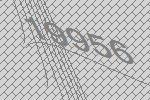
19956